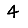
Digit: 4